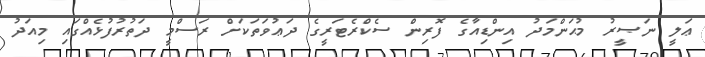
ޢަލީ ނަޞީރު މުޙަންމަދު އިންޑިއާގެ ފޮރިން ސެކްރެޓަރީގެ ދަޢުވަތަކަށް ރަސްމީ ދަތުރުފުޅެއްގައި މިއަދު